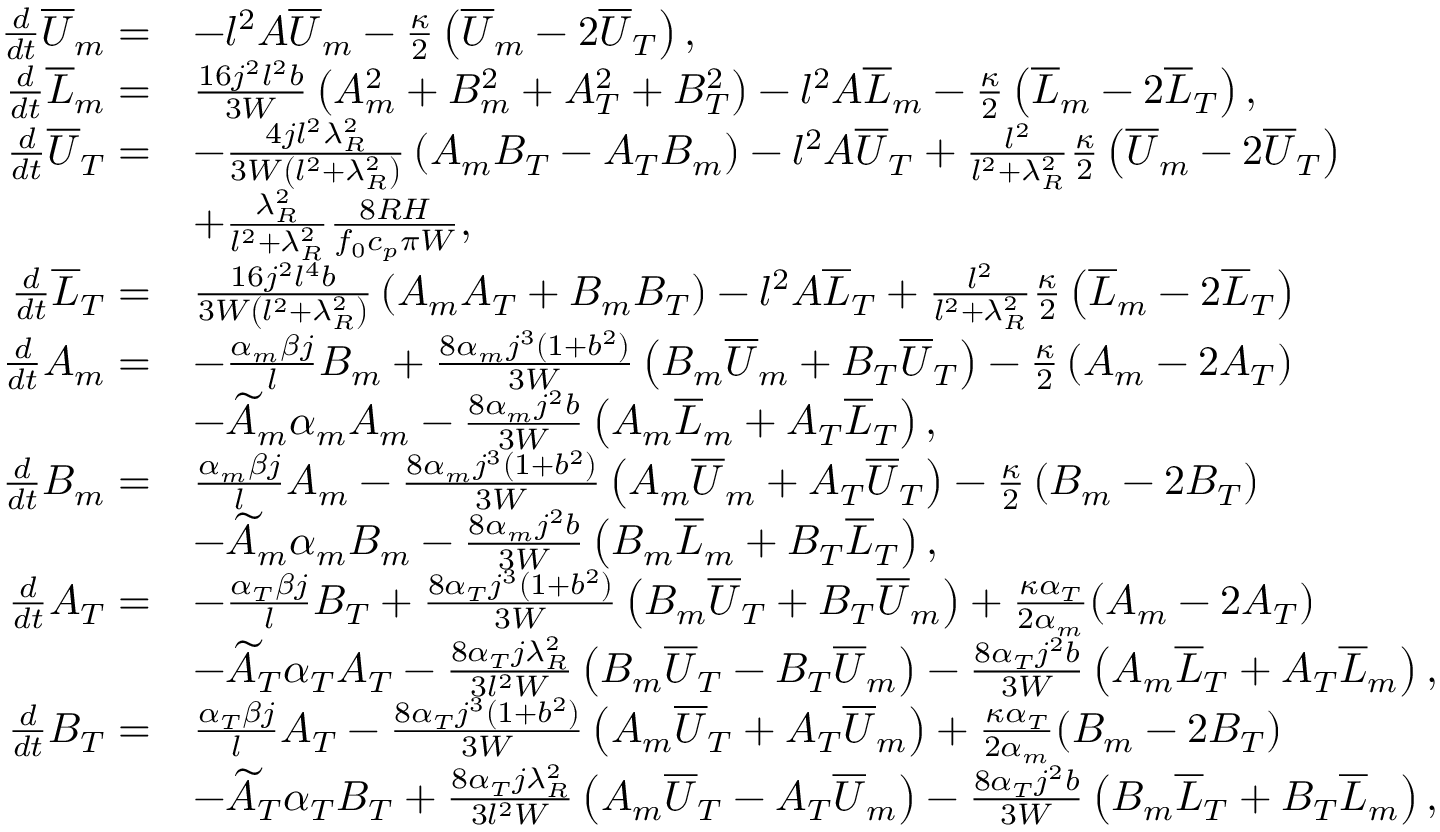
\begin{array} { r l } { \frac { d } { d t } { \overline { { U } } _ { m } } = } & { - l ^ { 2 } A { \overline { { U } } _ { m } } - \frac { \kappa } { 2 } \left( { \overline { { U } } _ { m } } - 2 { \overline { { U } } _ { T } } \right) , } \\ { \frac { d } { d t } { \overline { { L } } _ { m } } = } & { \frac { 1 6 j ^ { 2 } l ^ { 2 } b } { 3 W } \left( { A _ { m } ^ { 2 } + B _ { m } ^ { 2 } } + { A _ { T } ^ { 2 } + B _ { T } ^ { 2 } } \right) - l ^ { 2 } A { \overline { { L } } _ { m } } - \frac { \kappa } { 2 } \left( { \overline { { L } } _ { m } } - 2 { \overline { { L } } _ { T } } \right) , } \\ { \frac { d } { d t } { \overline { { U } } _ { T } } = } & { - \frac { 4 j l ^ { 2 } \lambda _ { R } ^ { 2 } } { 3 W \left( l ^ { 2 } + \lambda _ { R } ^ { 2 } \right) } \left( { A _ { m } B _ { T } - A _ { T } B _ { m } } \right) - l ^ { 2 } A { \overline { { U } } _ { T } } + \frac { l ^ { 2 } } { l ^ { 2 } + \lambda _ { R } ^ { 2 } } \frac { \kappa } { 2 } \left( { \overline { { U } } _ { m } } - 2 { \overline { { U } } _ { T } } \right) } \\ & { + \frac { \lambda _ { R } ^ { 2 } } { l ^ { 2 } + \lambda _ { R } ^ { 2 } } \frac { 8 R H } { f _ { 0 } c _ { p } \pi W } , } \\ { \frac { d } { d t } { \overline { { L } } _ { T } } = } & { \frac { 1 6 j ^ { 2 } l ^ { 4 } b } { 3 W \left( l ^ { 2 } + \lambda _ { R } ^ { 2 } \right) } \left( { A _ { m } A _ { T } + B _ { m } B _ { T } } \right) - l ^ { 2 } A { \overline { { L } } _ { T } } + \frac { l ^ { 2 } } { l ^ { 2 } + \lambda _ { R } ^ { 2 } } \frac { \kappa } { 2 } \left( { \overline { { L } } _ { m } } - 2 { \overline { { L } } _ { T } } \right) } \\ { \frac { d } { d t } { A _ { m } } = } & { - \frac { \alpha _ { m } \beta j } { l } { B _ { m } } + \frac { 8 \alpha _ { m } j ^ { 3 } ( 1 + b ^ { 2 } ) } { 3 W } \left( { B _ { m } \overline { { U } } _ { m } } + { B _ { T } \overline { { U } } _ { T } } \right) - \frac { \kappa } { 2 } \left( { A _ { m } } - 2 { A _ { T } } \right) } \\ & { - \widetilde { A } _ { m } \alpha _ { m } { A _ { m } } - \frac { 8 \alpha _ { m } j ^ { 2 } b } { 3 W } \left( { A _ { m } \overline { { L } } _ { m } } + { A _ { T } \overline { { L } } _ { T } } \right) , } \\ { \frac { d } { d t } { B _ { m } } = } & { \frac { \alpha _ { m } \beta j } { l } { A _ { m } } - \frac { 8 \alpha _ { m } j ^ { 3 } ( 1 + b ^ { 2 } ) } { 3 W } \left( { A _ { m } \overline { { U } } _ { m } } + { A _ { T } \overline { { U } } _ { T } } \right) - \frac { \kappa } { 2 } \left( { B _ { m } } - 2 { B _ { T } } \right) } \\ & { - \widetilde { A } _ { m } \alpha _ { m } { B _ { m } } - \frac { 8 \alpha _ { m } j ^ { 2 } b } { 3 W } \left( { B _ { m } \overline { { L } } _ { m } } + { B _ { T } \overline { { L } } _ { T } } \right) , } \\ { \frac { d } { d t } { A _ { T } } = } & { - \frac { \alpha _ { T } \beta j } { l } { B _ { T } } + \frac { 8 \alpha _ { T } j ^ { 3 } ( 1 + b ^ { 2 } ) } { 3 W } \left( { B _ { m } \overline { { U } } _ { T } } + { B _ { T } \overline { { U } } _ { m } } \right) + \frac { \kappa \alpha _ { T } } { 2 \alpha _ { m } } ( { A _ { m } } - 2 { A _ { T } } ) } \\ & { - \widetilde { A } _ { T } \alpha _ { T } { A _ { T } } - \frac { 8 \alpha _ { T } j \lambda _ { R } ^ { 2 } } { 3 l ^ { 2 } W } \left( { B _ { m } \overline { { U } } _ { T } } - { B _ { T } \overline { { U } } _ { m } } \right) - \frac { 8 \alpha _ { T } j ^ { 2 } b } { 3 W } \left( { A _ { m } \overline { { L } } _ { T } } + { A _ { T } \overline { { L } } _ { m } } \right) , } \\ { \frac { d } { d t } { B _ { T } } = } & { \frac { \alpha _ { T } \beta j } { l } { A _ { T } } - \frac { 8 \alpha _ { T } j ^ { 3 } ( 1 + b ^ { 2 } ) } { 3 W } \left( { A _ { m } \overline { { U } } _ { T } } + { A _ { T } \overline { { U } } _ { m } } \right) + \frac { \kappa \alpha _ { T } } { 2 \alpha _ { m } } ( { B _ { m } } - 2 { B _ { T } } ) } \\ & { - \widetilde { A } _ { T } \alpha _ { T } { B _ { T } } + \frac { 8 \alpha _ { T } j \lambda _ { R } ^ { 2 } } { 3 l ^ { 2 } W } \left( { A _ { m } \overline { { U } } _ { T } } - { A _ { T } \overline { { U } } _ { m } } \right) - \frac { 8 \alpha _ { T } j ^ { 2 } b } { 3 W } \left( { B _ { m } \overline { { L } } _ { T } } + { B _ { T } \overline { { L } } _ { m } } \right) , } \end{array}